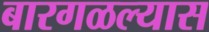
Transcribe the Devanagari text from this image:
बारगळल्यास